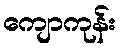
ကျောကုန်း